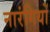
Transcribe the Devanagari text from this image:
नारंगियों